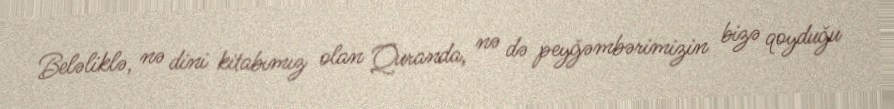
Beləliklə, nə dini kitabımız olan Quranda, nə də peyğəmbərimizin bizə qoyduğu